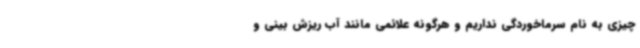
چیزی به نام سرماخوردگی نداریم و هرگونه علائمی مانند آب ریزش بینی و